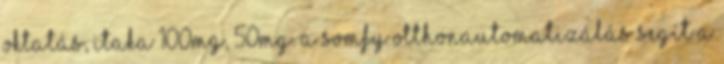
oktatás, itaka 100mg, 50mg. A Somfy otthonautomatizálás segít a